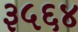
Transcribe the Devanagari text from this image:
३५६४